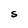
Character: S